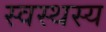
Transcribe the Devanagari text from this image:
स्वस्थस्य